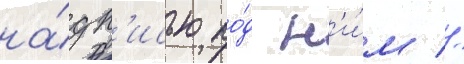
на́дп'исью по́д н'и́м //